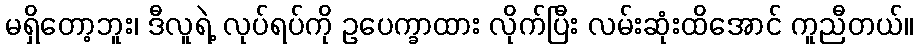
မရှိတော့ဘူး၊ ဒီလူရဲ့ လုပ်ရပ်ကို ဥပေက္ခာထား လိုက်ပြီး လမ်းဆုံးထိအောင် ကူညီတယ်။